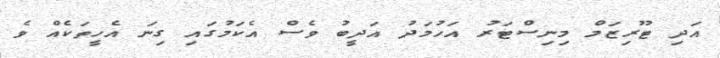
އަދި ޓޫރިޒަމް މިނިސްޓަރު އަހުމަދު އަދީބު ވެސް އެކަމުގައި ގިނަ އެހީތަކެއް ވެ